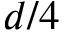
d / 4